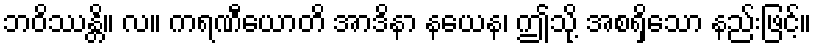
ဘဝိဿန္တိ။ လ။ ကရဏီယောတိ အာဒိနာ နယေန၊ ဤသို့ အစရှိသော နည်းဖြင့်။